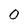
Character: O